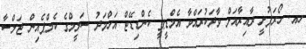
ހއ. ހޯރަފުށީ ދާއިރާއަށް ވާދަކުރައްވާ އެމްޑީޕީ ކެންޑިޑޭޓް އަހްމަދު ސަލީމްގެ ކެމްޕެއިން ޖަލްސާ